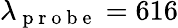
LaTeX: \lambda_{\mathrm{~p~r~o~b~e~}}=616